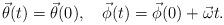
LaTeX: \begin{align*}\vec\theta(t)=\vec\theta(0), \quad \vec\phi(t)=\vec\phi(0)+\vec\omega t.\end{align*}